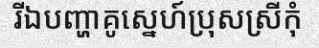
រីឯបញ្ហាគូស្នេហ៍ប្រុសស្រីកុំ